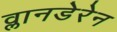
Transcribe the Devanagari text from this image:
व्लानडेरेन